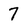
Character: 7